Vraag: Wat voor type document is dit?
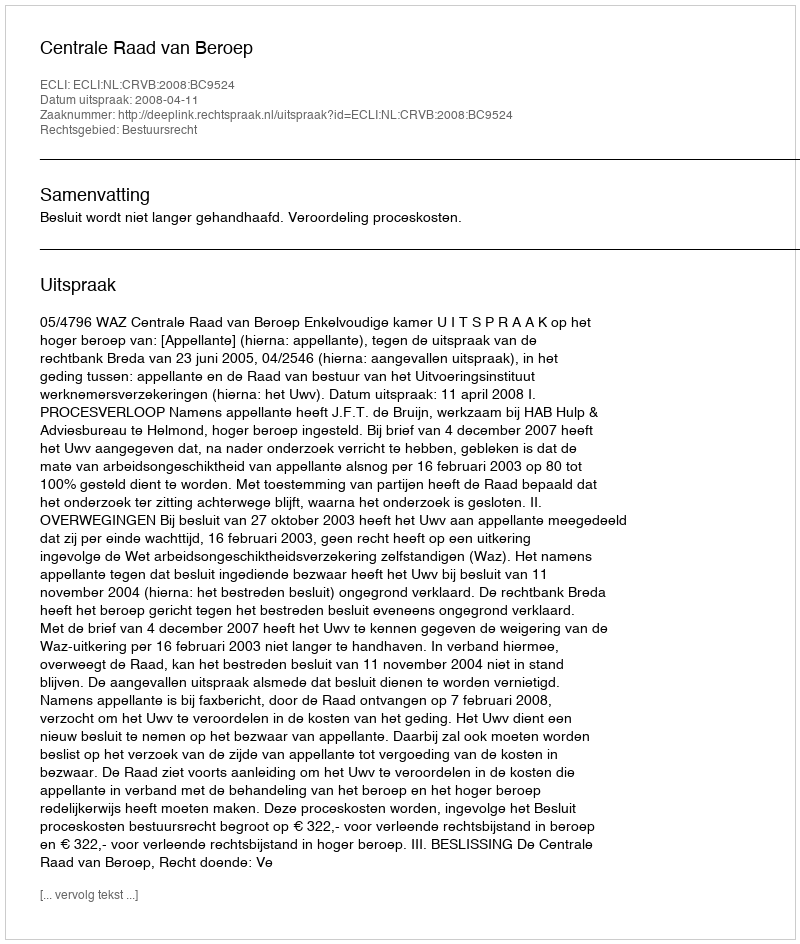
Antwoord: Uitspraak